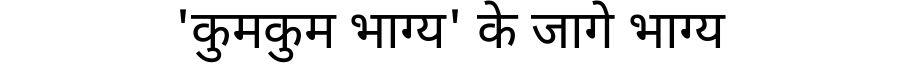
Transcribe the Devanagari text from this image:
'कुमकुम भाग्य' के जागे भाग्य